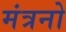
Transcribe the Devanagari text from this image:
मंत्रनो